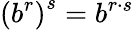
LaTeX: \left(b^{r}\right)^{s}=b^{r\cdot s}